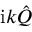
\mathrm { i } k \hat { Q }